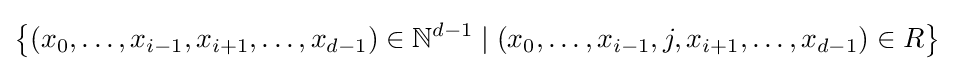
\left\{(x_{0},\ldots ,x_{i-1},x_{i+1},\ldots ,x_{d-1})\in \mathbb {N} ^{d-1}\mid (x_{0},\ldots ,x_{i-1},j,x_{i+1},\ldots ,x_{d-1})\in R\right\}